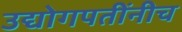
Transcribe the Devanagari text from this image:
उद्योगपतींनीच